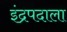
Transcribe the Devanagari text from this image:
इंद्रपदाला